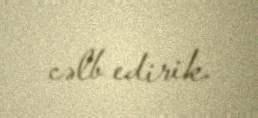
cəlb edirik.